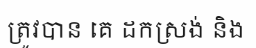
ត្រូវបាន គេ ដកស្រង់ និង